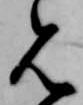
見